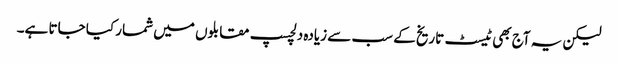
لیکن یہ آج بھی ٹیسٹ تاریخ کے سب سے زیادہ دلچسپ مقابلوں میں شمار کیا جاتا ہے۔